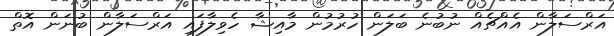
އަރްސަލާން އެއްޗެއް ނުބުނެ ބަލަން ހުރުމުން މާއިޝާ ހެވިލާފައި އަރްސަލާން ބުނަން އޮތް